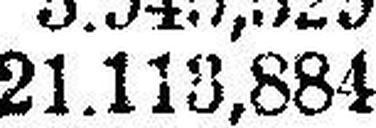
21.113,884